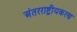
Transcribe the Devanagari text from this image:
अंतरराष्ट्रीयकरण